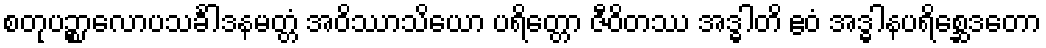
စတုပဉ္စာလောပသင်္ခါဒနမတ္တံ အဝိဿာသိယော ပရိတ္တော ဇီဝိတဿ အဒ္ဓါတိ ဧဝံ အဒ္ဓါနပရိစ္ဆေဒတော